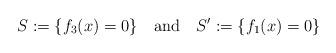
LaTeX: \begin{align*}S:=\{f_3(x)=0\} \ \ \ \mathrm{and}\ \ \ S':=\{f_1(x)=0\}\end{align*}